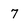
Character: 7